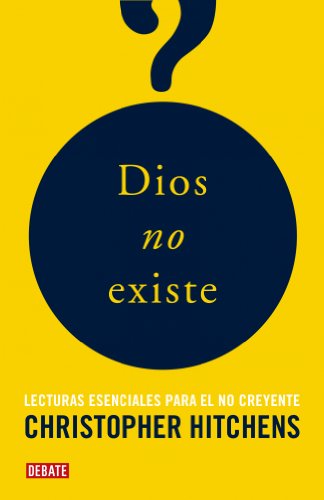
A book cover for Dios no existe/ The Portable Atheist (Spanish Edition); Chistopher Hitchens; Religion & Spirituality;